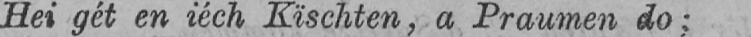
Hei gét en iéch Kïschten, a Praumen do;